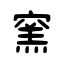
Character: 窯